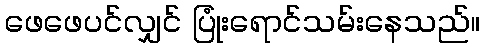
ဖေဖေပင်လျှင် ပြုံးရောင်သမ်းနေသည်။